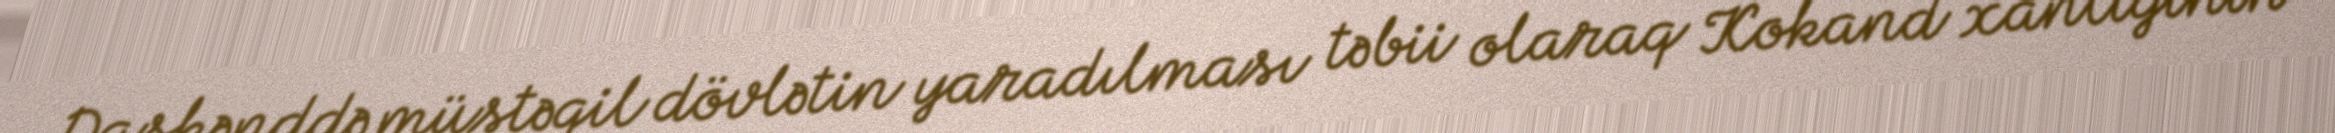
Daşkənddə müstəqil dövlətin yaradılması təbii olaraq Kokand xanlığının